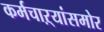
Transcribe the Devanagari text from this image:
कर्मचाऱ्यांसमोर